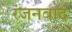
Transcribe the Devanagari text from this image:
रंजनवाद